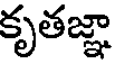
కృతజ్ఞా